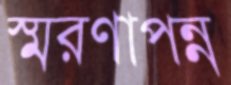
স্মরণাপন্ন